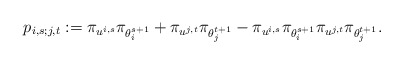
\begin{align*}p_{i,s;j,t} := \pi_{u^{i,s}} \pi_{\theta_i^{s+1}} + \pi_{u^{j,t}} \pi_{\theta_j^{t+1}}- \pi_{u^{i,s}} \pi_{\theta_i^{s+1}}\pi_{u^{j,t}} \pi_{\theta_j^{t+1}}.\end{align*}